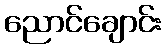
ညောင်ချောင်း